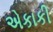
એકાકી